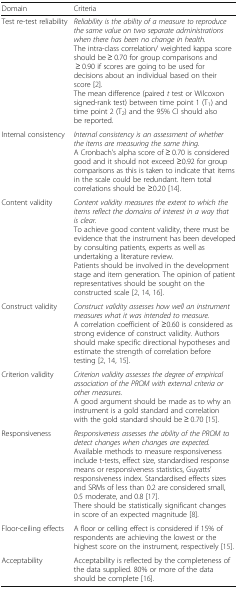
<table><thead><tr><td><b>Domain</b></td><td><b>Criteria</b></td></tr></thead><tbody><tr><td>Test re-test reliability</td><td><i>Reliability is the ability of a measure to reproduce the same value on two separate administrations when there has been no change in health.</i>The intra-class correlation/ weighted kappa score should be ≥ 0.70 for group comparisons and ≥ 0.90 if scores are going to be used for decisions about an individual based on their score [2].The mean difference (paired <i>t</i> test or Wilcoxon signed-rank test) between time point 1 (T<sub>1</sub>) and time point 2 (T<sub>2</sub>) and the 95% CI should also be reported.</td></tr><tr><td>Internal consistency</td><td><i>Internal consistency is an assessment of whether the items are measuring the same thing.</i>A Cronbach’s alpha score of ≥ 0.70 is considered good and it should not exceed ≥0.92 for group comparisons as this is taken to indicate that items in the scale could be redundant. Item total correlations should be ≥0.20 [14].</td></tr><tr><td>Content validity</td><td><i>Content validity measures the extent to which the items reflect the domains of interest in a way that is clear.</i>To achieve good content validity, there must be evidence that the instrument has been developed by consulting patients, experts as well as undertaking a literature review.Patients should be involved in the development stage and item generation. The opinion of patient representatives should be sought on the constructed scale [2, 14, 16].</td></tr><tr><td>Construct validity</td><td><i>Construct validity assesses how well an instrument measures what it was intended to measure.</i>A correlation coefficient of ≥0.60 is considered as strong evidence of construct validity. Authors should make specific directional hypotheses and estimate the strength of correlation before testing [2, 14, 15].</td></tr><tr><td>Criterion validity</td><td><i>Criterion validity assesses the degree of empirical association of the PROM with external criteria or other measures.</i>A good argument should be made as to why an instrument is a gold standard and correlation with the gold standard should be ≥ 0.70 [15].</td></tr><tr><td>Responsiveness</td><td><i>Responsiveness assesses the ability of the PROM to detect changes when changes are expected.</i>Available methods to measure responsiveness include t-tests, effect size, standardised response means or responsiveness statistics, Guyatts’ responsiveness index. Standardised effects sizes and SRMs of less than 0.2 are considered small, 0.5 moderate, and 0.8 [17]. There should be statistically significant changes in score of an expected magnitude [8].</td></tr><tr><td>Floor-ceiling effects</td><td>A floor or celling effect is considered if 15% of respondents are achieving the lowest or the highest score on the instrument, respectively [15].</td></tr><tr><td>Acceptability</td><td>Acceptability is reflected by the completeness of the data supplied. 80% or more of the data should be complete [16].</td></tr></tbody></table>